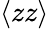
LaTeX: \langle zz\rangle